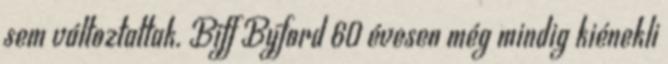
sem változtattak. Biff Byford 60 évesen még mindig kiénekli